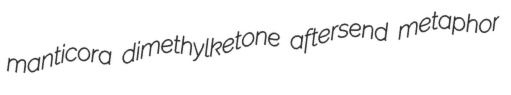
manticora dimethylketone aftersend metaphor